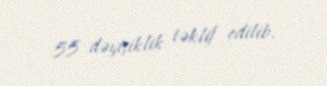
55 dəyişiklik təklif edilib.